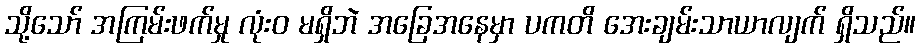
သို့သော် အကြမ်းဖက်မှု လုံးဝ မရှိဘဲ အခြေအနေမှာ ပကတိ အေးချမ်းသာယာလျက် ရှိသည်။